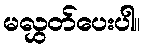
မလွှတ်ပေးပါ။